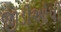
જીડીઓપી